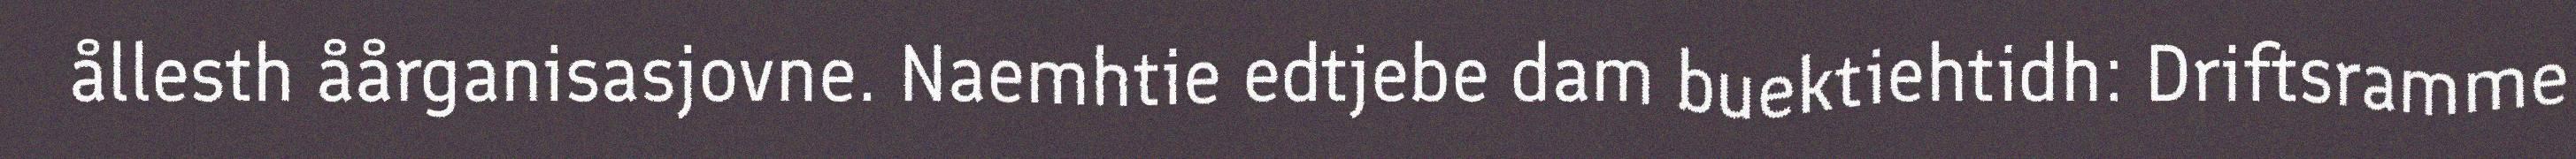
ållesth åårganisasjovne. Naemhtie edtjebe dam buektiehtidh: Driftsramme